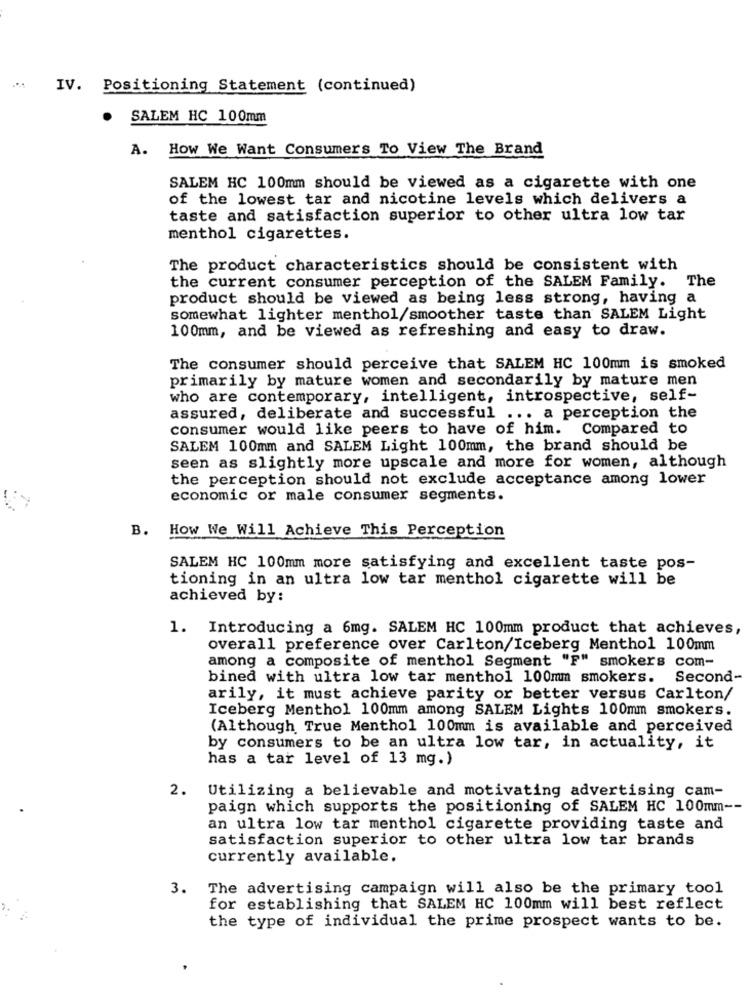
IV. Positioning Statement (continued)
SALEM HC 100mm
A.
How We Want Consumers To View The Brand
SALEM HC 100mm should be viewed as a cigarette with one
of the lowest tar and nicotine levels which delivers a
taste and satisfaction superior to other ultra low tar
menthol cigarettes.
The product characteristics should be consistent with
the current consumer perception of the SALEM Family. The
product should be viewed as being less strong, having a
somewhat lighter menthol/smoother taste than SALEM Light
100mm, and be viewed as refreshing and easy to draw.
The consumer should perceive that SALEM HC 100mm is smoked
primarily by mature women and secondarily by mature men
who are contemporary, intelligent, introspective, self-
assured, deliberate and successful ... a perception the
consumer would like peers to have of him. Compared to
SALEM 100mm and SALEM Light 100mm, the brand should be
seen as slightly more upscale and more for women, although
the perception should not exclude acceptance among lower
economic or male consumer segments.
B. How We Will Achieve This Perception
SALEM HC 100mm more satisfying and excellent taste pos-
tioning in an ultra low tar menthol cigarette will be
achieved by:
1. Introducing a 6mg. SALEM HC 100mm product that achieves,
overall preference over Carlton/Iceberg Menthol 100mm
among a composite of menthol Segment "F" smokers com-
bined with ultra low tar menthol 100mm smokers.
Second-
arily, it must achieve parity or better versus Carlton/
Iceberg Menthol 100mm among SALEM Lights 100mm smokers.
(Although True Menthol 100mm is available and perceived
by consumers to be an ultra low tar, in actuality, it
has a tar level of 13 mg.)
2. Utilizing a believable and motivating advertising cam-
paign which supports the positioning of SALEM HC 100mm --
an ultra low tar menthol cigarette providing taste and
satisfaction superior to other ultra low tar brands
currently available.
3. The advertising campaign will also be the primary tool
for establishing that SALEM HC 100mm will best reflect
the type of individual the prime prospect wants to be.